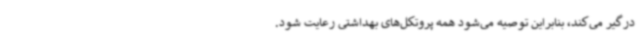
درگیر می‌کند، بنابراین توصیه می‌شود همه پروتکل‌های بهداشتی رعایت شود.